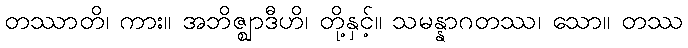
တဿာတိ၊ ကား။ အဘိဇ္ဈာဒီဟိ၊ တို့နှင့်။ သမန္နာဂတဿ၊ သော။ တဿ